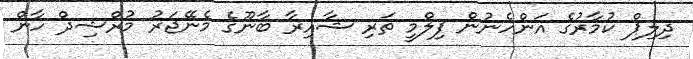
ދިލިޕް ކުމާރުގެ އަންހެނުން ފިލްމީ ތަރި ޝާއިރާ ބާނޫގެ މެނޭޖަރު މުރްޝިދް ހާން